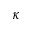
\kappa